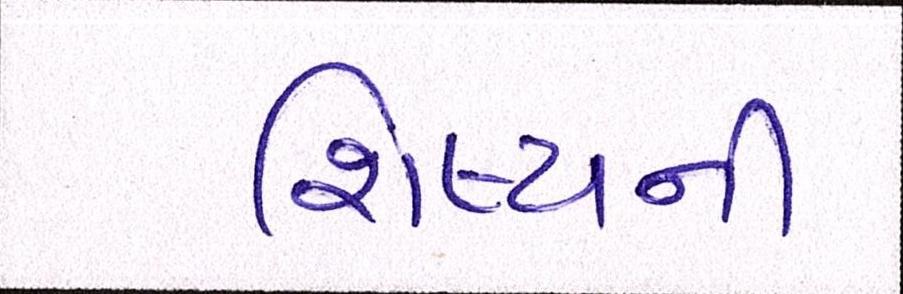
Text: શિષ્યની